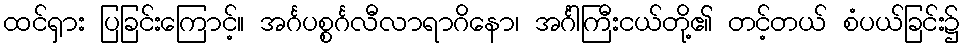
ထင်ရှား ပြခြင်းကြောင့်။ အင်္ဂပစ္စင်္ဂလီလာရာဂိနော၊ အင်္ဂါကြီးငယ်တို့၏ တင့်တယ် စံပယ်ခြင်း၌